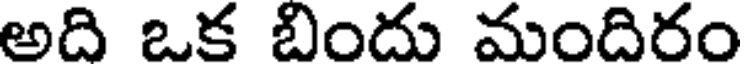
అది ఒక బిందు మందిరం